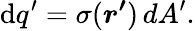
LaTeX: \mathrm{d}q^{\prime}=\sigma({\boldsymbol{r^{\prime}}})\, dA^{\prime}.